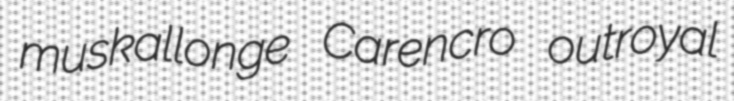
muskallonge Carencro outroyal